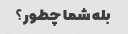
بله شما چطور؟